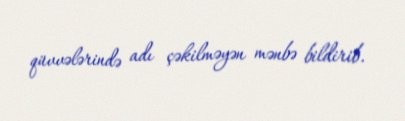
qüvvələrində adı çəkilməyən mənbə bildirib.